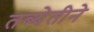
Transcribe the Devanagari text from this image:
तब्येतीने